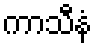
ကာသီနံ